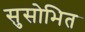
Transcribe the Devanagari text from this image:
सुसोभित